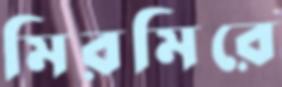
মিরমিরে